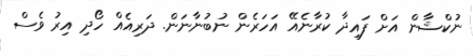
ނުކްޝާން އަށް ފައިދާ ކުރާނެއޭ އަހަރެން ނުބުނާނަން. ދަރިއެއް ހޯދި އިރު ވެސް